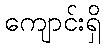
ကျောင်းရှိ